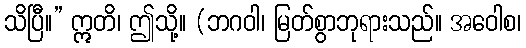
သိပြီ။” ဣတိ၊ ဤသို့။ (ဘဂဝါ၊ မြတ်စွာဘုရားသည်။ အဝေါစ၊